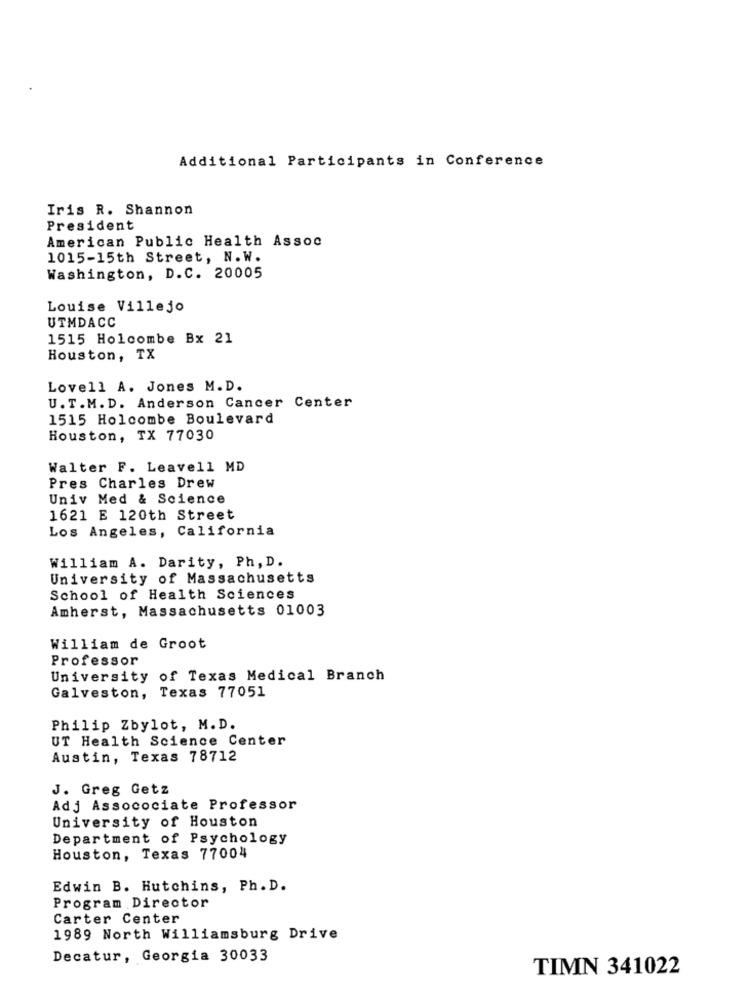
Additional Participants in Conference
Iris R. Shannon
President
American Public Health Assoc
1015-15th Street, N.W.
Washington, D.C. 20005
Louise Villejo
UTMDACC
1515 Holcombe Bx 21
Houston, TX
Lovell A. Jones M. D.
U.T.M.D. Anderson Cancer Center
1515 Holcombe Boulevard
Houston, TX 77030
Walter F. Leavell MD
Pres Charles Drew
Univ Med & Science
1621 E 120th Street
Los Angeles, California
William A. Darity, Ph, D.
University of Massachusetts
School of Health Sciences
Amherst, Massachusetts 01003
William de Groot
Professor
University of Texas Medical Branch
Galveston, Texas 77051
Philip Zbylot, M. D.
UT Health Science Center
Austin, Texas 78712
J. Greg Getz
Adj Assocociate Professor
University of Houston
Department of Psychology
Houston, Texas 77004
Edwin B. Hutchins, Ph. D.
Program Director
Carter Center
1989 North Williamsburg Drive
Decatur, Georgia 30033
TIMN 341022